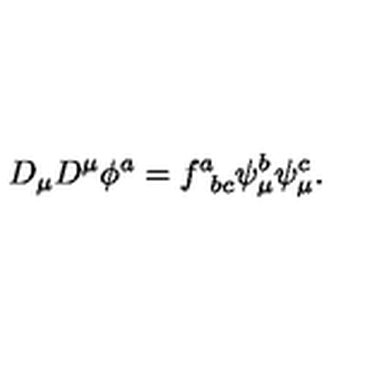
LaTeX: D _ { \mu } D ^ { \mu } \phi ^ { a } = f _ { \phantom { a } b c } ^ { a } \psi _ { \mu } ^ { b } \psi _ { \mu } ^ { c } .